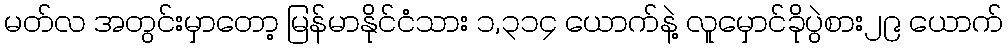
မတ်လ အတွင်းမှာတော့ မြန်မာနိုင်ငံသား ၁,၃၁၄ ယောက်နဲ့ လူမှောင်ခိုပွဲစား၂၉ ယောက်